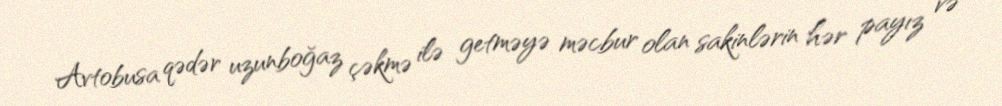
Avtobusa qədər uzunboğaz çəkmə ilə getməyə məcbur olan sakinlərin hər payız və